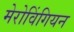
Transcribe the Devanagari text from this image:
मेरोविंगियन